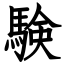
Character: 験